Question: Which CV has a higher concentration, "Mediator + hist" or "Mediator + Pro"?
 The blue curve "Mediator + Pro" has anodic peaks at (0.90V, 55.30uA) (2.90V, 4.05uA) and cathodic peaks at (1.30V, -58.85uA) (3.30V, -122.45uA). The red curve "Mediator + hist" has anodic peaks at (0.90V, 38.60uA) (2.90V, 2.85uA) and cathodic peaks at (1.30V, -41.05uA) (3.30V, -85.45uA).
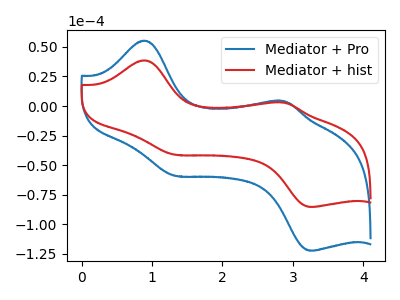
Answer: <think>All the peaks in "Mediator + hist" have a peak in "Mediator + Pro" at the same potential. Every peak in "Mediator + hist" is lower than every peak in "Mediator + Pro".
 </think>
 <answer>"Mediator + hist" has less signal than "Mediator + Pro" and so likely has a lower concentration.</answer>
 <eval>less_concentration</eval>